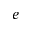
e